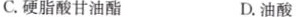
C.硬脂酸甘油酯 D.油酸